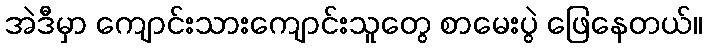
အဲဒီမှာ ကျောင်းသားကျောင်းသူတွေ စာမေးပွဲ ဖြေနေတယ်။